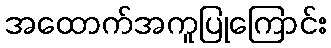
အထောက်အကူပြုကြောင်း